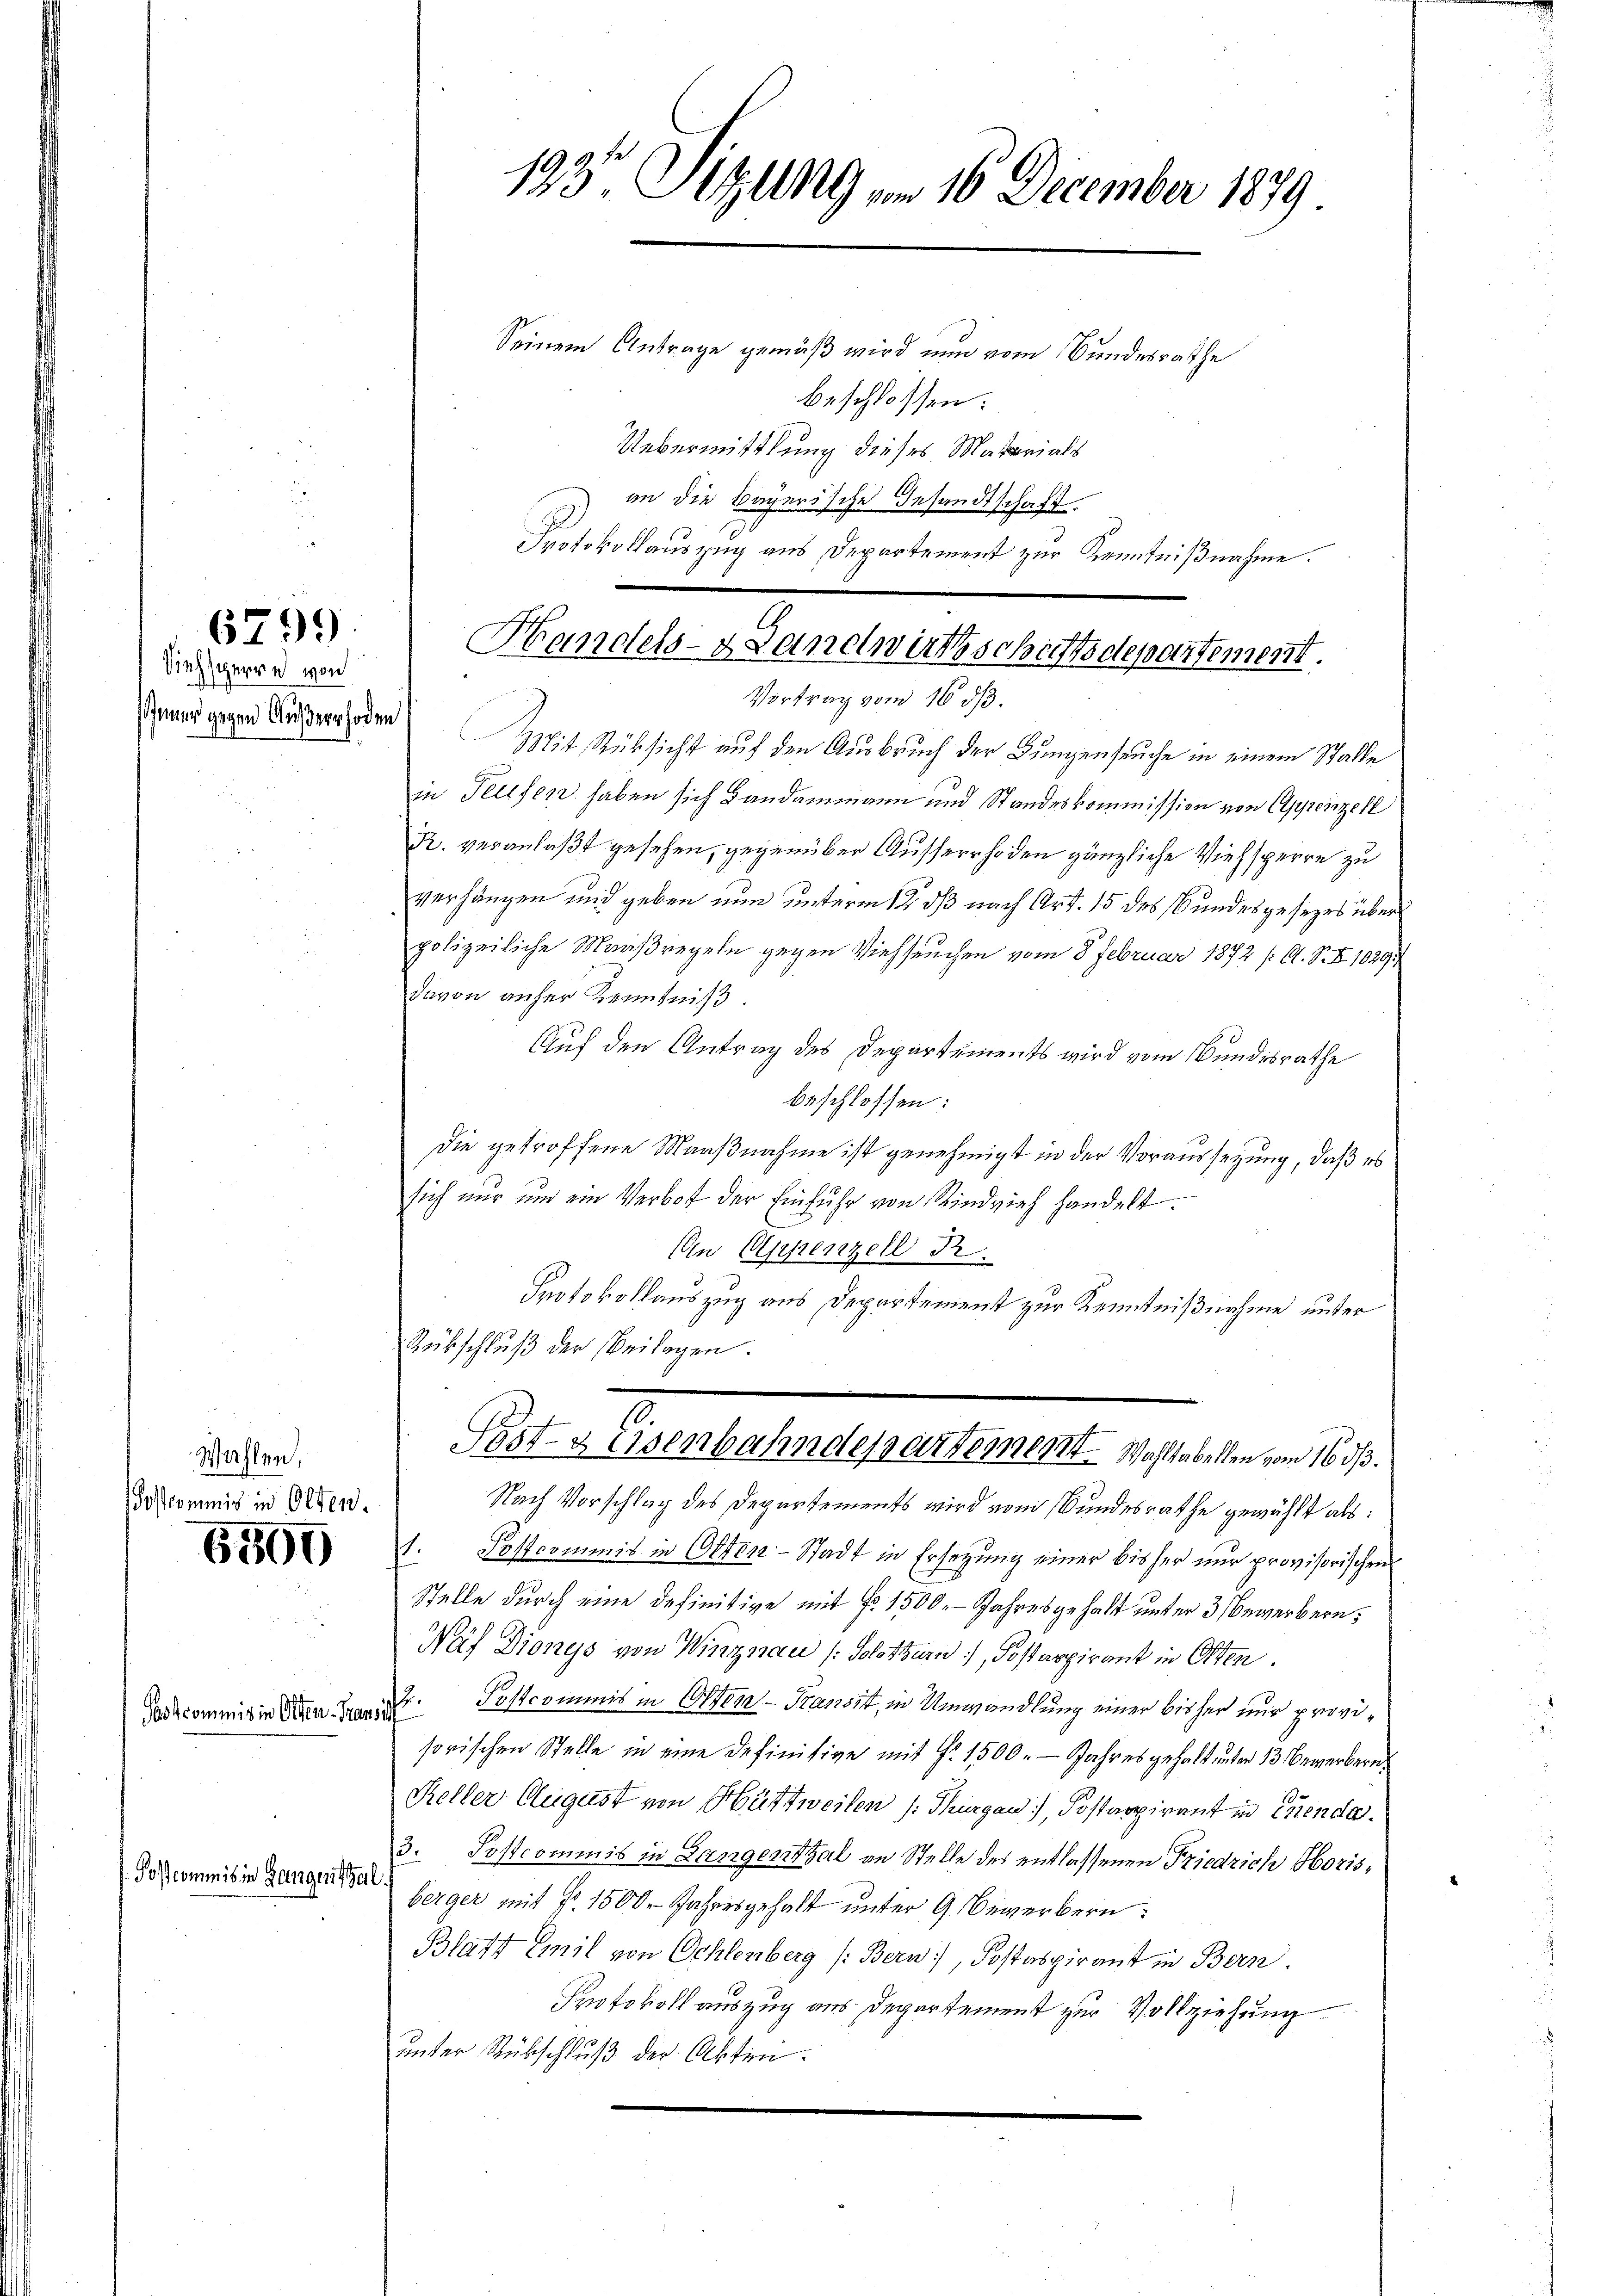
Siehsperre von
Jener gegen Außerrhoden

6500

6799.

Postcommis in Gangenische

Wahlen,
Postcommis in Olten.

Pastcommis in Olten-Par

133. Sitzung vom 16. December 1879

Seinem Antrage gemäß wird nun vom Bundesrathe
beschlossen:
Uebermittlung dieses Materials
an die Bayerische Gesandtschaft.
Vortrag vom 16. ds.
Mit Rücksicht auf den Ausbruch der Bungenseuche in einem Stalle
in Teufer haben sich Bandammann und Standeskommission von Appenzell
R. veranlaßt gesehen, gegenüber Ausserrhoden gänzliche Viehsperre zu
verhängen und geben nun unterm 12 dß nach Art. 15 des Bundesgesezes über
polizeiliche Maaßregeln gegen Viehseuchen vom 8. Februar 1872 /: A. S. Z 10291/
davon anher Kenntniß.
Auf den Antrag des Departements wird vom Bundesrathe
beschlossen:
Die getroffene Maaßnahme ist genehmigt in der Voraussetzung, daß es
sich nur und ein Verbot der Einfuhr von Rindvieh handelt.
An Appenzell Pr
Protokollauszug aus Departement zur Kenntnißnahme unter
Rübschluß der Beilagen.
Post- & Eisenbahndepartement. Wahltabellen vom 16 1/3.
Nach Vorschlag des Departements wird vom Bundesrathe gewählt als:
1. Postcommis in Otten-Stadt in Ersetzung einer bisher nur provisorischens
Stelle durch eine definitive mit No. 1500. Jahresgehalt unter 3 Bewerbern,
Näf Dionys von Winznau (Solothurn, Postarpirant in Otten.
12.
Postcommis in Olten. Transit, in Umwandlung einer bisher nur provisorischen Stelle in eine Definitive mit §. 1500. - Jahres gehalt unter 13 Bewerbern
Keller August von Hüttweilen (Thurgau, Postarpirant in Chenda
3. Postcommis in Langenthal an Stelle des entlassenen Friedrich Horisberger mit Nr. 1500. Jahresgehalt unter 9. Bewerbern:
Blatt Emil von Oehlenberg (Bern), Postaspirant in Bern.
Protokoll auszug aus Departement zur Vollziehung
unter Rückschluß der Akten.

Protokollauszug aus Departement zur Kenntnißnahme.
Handels- & Landwirthschaftsdepartement.